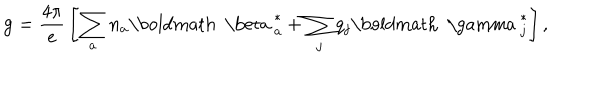
LaTeX: { \bf g } = { \frac { 4 \pi } { e } } \left[ \sum _ { a } n _ { a } { \mathrm { \boldmath ~ \ b e t a ~ } } _ { a } ^ { * } + \sum _ { j } q _ { j } { \mathrm { \boldmath ~ \ g a m m a ~ } } _ { j } ^ { * } \right] ,